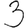
Digit: 3